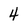
Character: 4